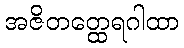
အဇိတတ္ထေရဂါထာ